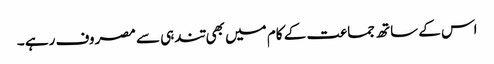
اس کے ساتھ جماعت کے کام میں بھی تندہی سے مصروف رہے ۔